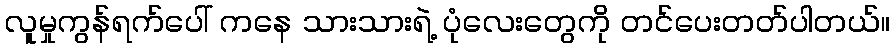
လူမှုကွန်ရက်ပေါ် ကနေ သားသားရဲ့ ပုံလေးတွေကို တင်ပေးတတ်ပါတယ်။